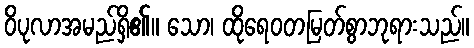
ဝိပုလာအမည်ရှိ၏။ သော၊ ထိုရေဝတမြတ်စွာဘုရားသည်။